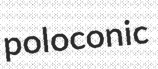
poloconic